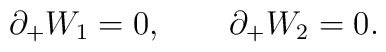
\partial_+ W_1 = 0, \qquad \partial_+ W_2 = 0.